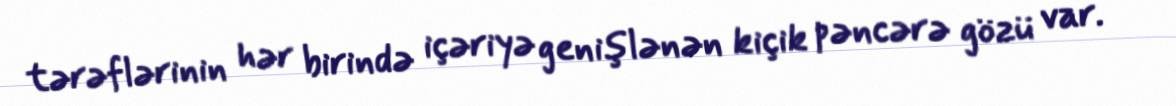
tərəflərinin hər birində içəriyə genişlənən kiçik pəncərə gözü var.